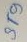
Text: ST9